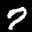
Label: 7